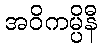
အဝိကမ္ပိနီ